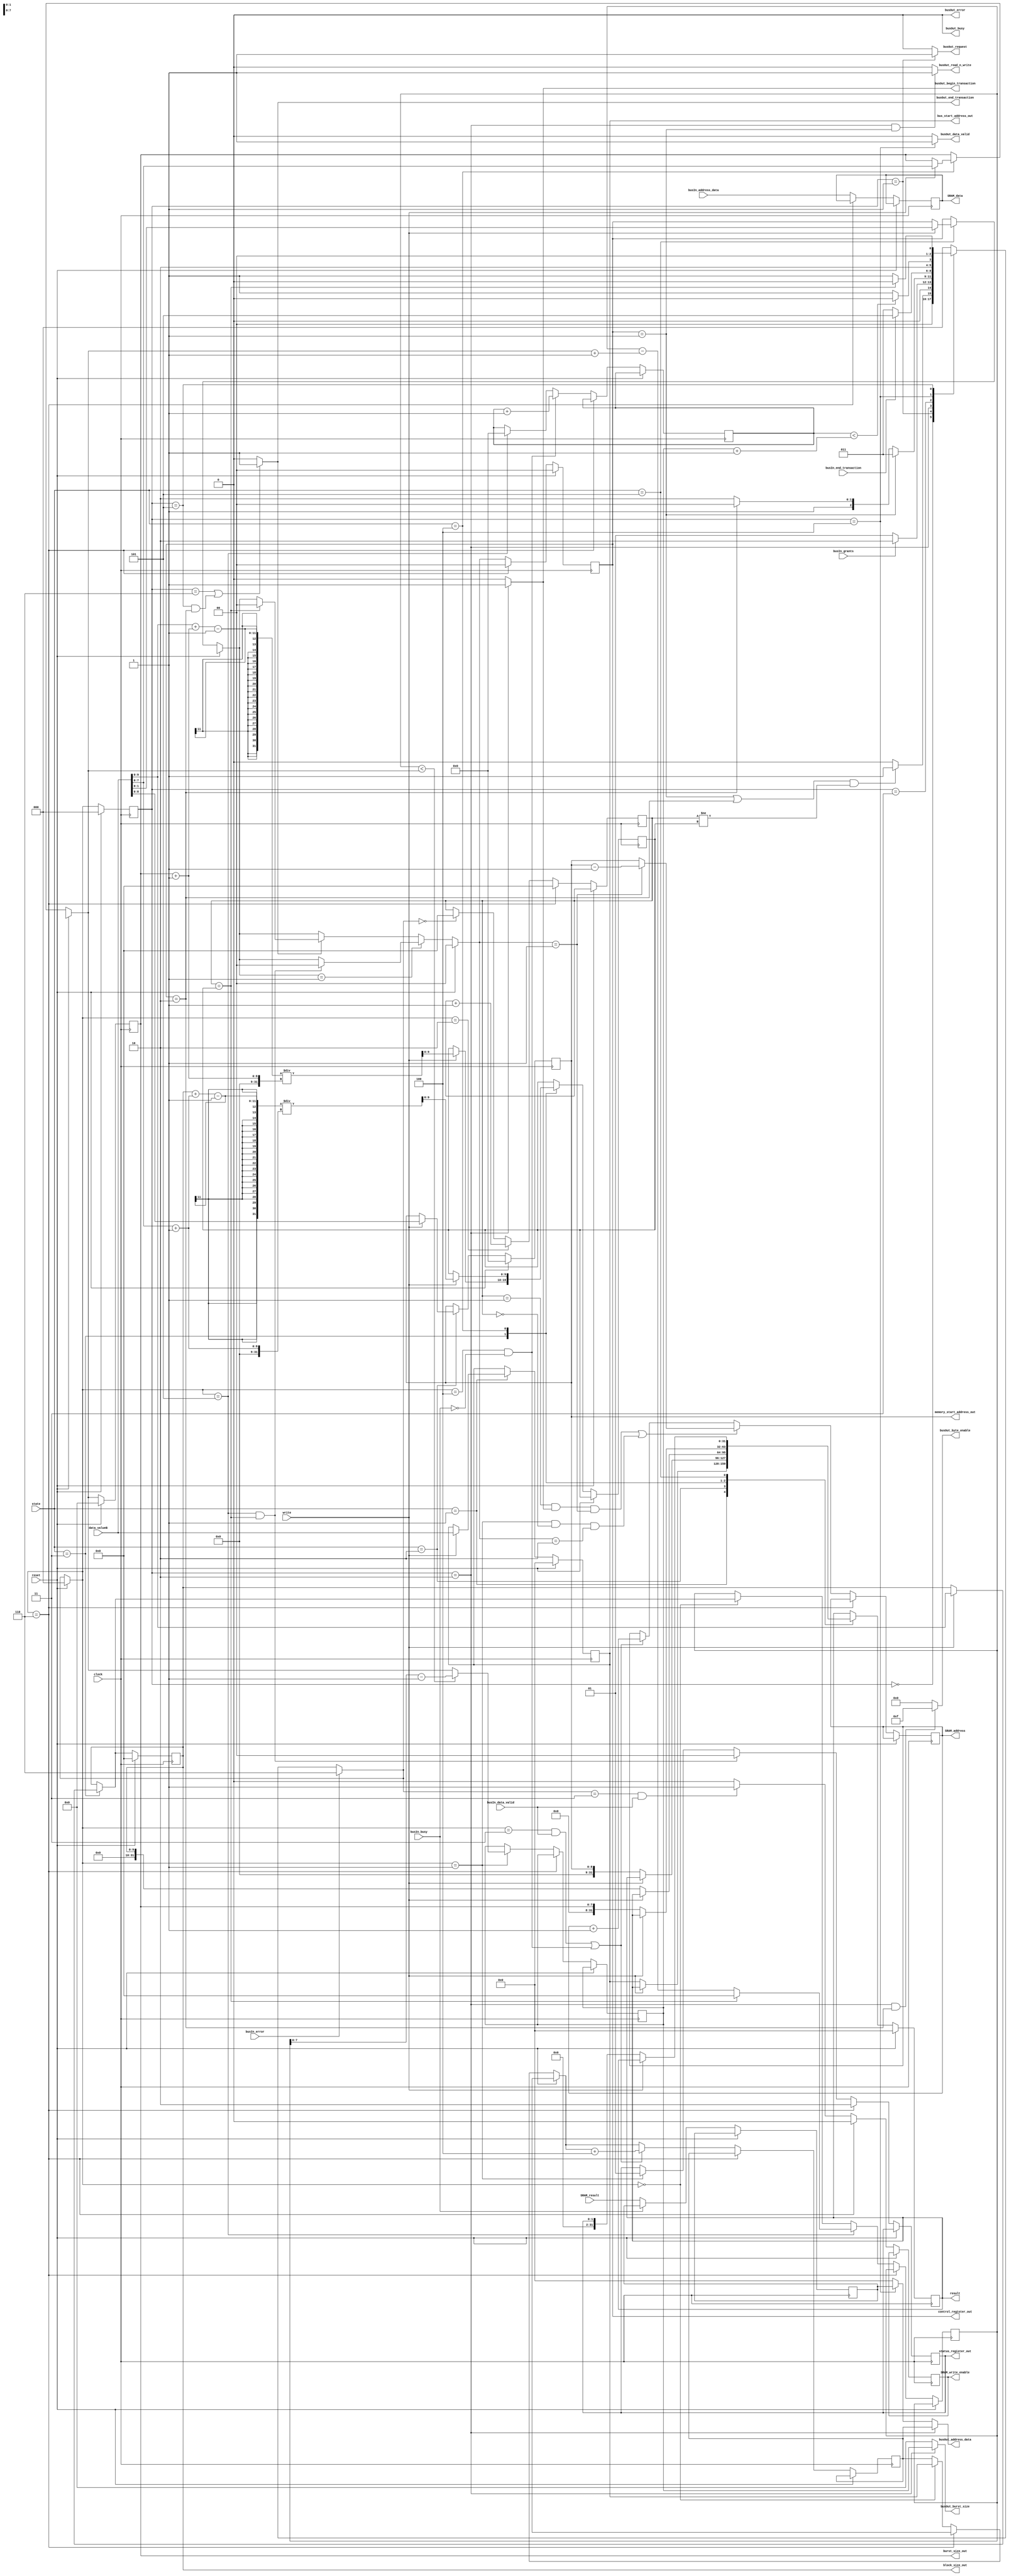
//* DMAController module
//* Authors: Filippo Quadri & Vincent Roduit

// TODO:
// [x] Update status register
// [x] Implement multiple burst
// [x] control register
// [x] implement reset
// [x] burst_size = burst_size_true - 1
// [x] new address
// [x] error
// [x] check if idle

module DMAController (
    // reset
    input wire          reset,

    // State signal
    input wire [2:0]    state,
    input wire          write,
    input wire [31:0]   data_valueB,
    input wire          clock,

    // Memory control signals
    output reg          SRAM_write_enable,
    output reg [8:0]    SRAM_address,
    output reg [31:0]   SRAM_data,
    input wire [31:0]   SRAM_result,

    
    // Bus interfaces
    output wire         busOut_request,
    input wire          busIn_grants,

    // DMA control signals
    output wire [31:0]  bus_start_address_out,
    output wire [8:0]   memory_start_address_out,
    output wire [9:0]   block_size_out,
    output wire [7:0]   burst_size_out,
    output wire [1:0]   control_register_out,
    output wire [1:0]   status_register_out,

    // Bus In
    input wire [31:0]   busIn_address_data,
    input wire          busIn_end_transaction,
    input wire          busIn_data_valid,
    input wire          busIn_busy,
    input wire          busIn_error,
    
    // Bus Out
    output wire [31:0]  busOut_address_data,
    output wire [7:0]   busOut_burst_size,
    output wire         busOut_read_n_write,
    output wire         busOut_begin_transaction,
    output wire         busOut_end_transaction,
    output wire         busOut_data_valid,
    output wire         busOut_busy,
    output wire         busOut_error,
    output wire [3:0]   busOut_byte_enable,

    // Result
    output reg [31:0]  result
);

/// Local parameters
// localparam transfer_nb = (block_size + (burst_size + 1) - 1) / (burst_size + 1);

//* Enumerated states for the control signals
// parameter       RW_MEMORY = 3'b000;
localparam      RW_BUS_START_ADD = 3'b001;
localparam      RW_MEMORY_START_ADD = 3'b010;
localparam      RW_BLOCK_SIZE = 3'b011;
localparam      RW_BURST_SIZE = 3'b100;
localparam      RW_STATUS_CTRL_REG = 3'b101;

//* Enumerated states for the txn states
localparam      IDLE = 3'b000;
localparam      REQUEST_BUS = 3'b001;
localparam      INIT_BURST = 3'b010;
localparam      DO_BURST_READ = 3'b011;
localparam      DO_BURST_WRITE = 3'b100;
localparam      END_TRANSACTION = 3'b101;
localparam      ERROR = 3'b110;

localparam      READ_STATE = 2'b01;
localparam      WRITE_STATE = 2'b10;

reg [2:0]       current_trans_state, next_trans_state = IDLE;

/// DMA control signals
reg [31:0]      bus_start_address = 0;
reg [8:0]       memory_start_address = 0;
reg [9:0]       block_size = 0;
reg [7:0]       burst_size = 0;
reg [1:0]       control_register = 0;
reg [1:0]       status_register = 0;
reg [8:0]       word_counter = 0;

reg [9:0]       transfer_nb = 0;
reg [9:0]       burst_counter = 0;
reg [9:0]       remaining_words = 0;
reg [7:0]       effective_burst_size = 0;
reg [31:0]      bus_address = 0;
reg [31:0]      SRAM_result_reg = 0;


/// Burst transaction state machine
always @(*) begin
    if (busIn_error) next_trans_state = ERROR;
    else
    case (current_trans_state)
        IDLE            : next_trans_state <=   ((control_register == READ_STATE || control_register == WRITE_STATE) && burst_counter != transfer_nb) ? REQUEST_BUS : IDLE;
        REQUEST_BUS     : next_trans_state <=   (busIn_grants == 1'b1) ? INIT_BURST : REQUEST_BUS;
        INIT_BURST      : next_trans_state <=   control_register == READ_STATE ? DO_BURST_READ : control_register == WRITE_STATE ? DO_BURST_WRITE : ERROR;
        DO_BURST_READ   : next_trans_state <=   (busIn_end_transaction == 1) ? END_TRANSACTION : DO_BURST_READ;
        DO_BURST_WRITE  : next_trans_state <=   (word_counter < effective_burst_size + 1) ? DO_BURST_WRITE : END_TRANSACTION;
        END_TRANSACTION : next_trans_state <=   (burst_counter == transfer_nb) ?  IDLE : REQUEST_BUS;
        ERROR           : next_trans_state <=   IDLE;
        default         : next_trans_state <=   IDLE;
    endcase
end


always @(posedge clock) begin

    if (reset) begin
        current_trans_state = IDLE;
        control_register = 2'b0;
        bus_start_address <= 0;
        memory_start_address <= 0;
        block_size <= 0;
        burst_size <= 0;
        result <= 0;
    end 
    else begin
        case (state)
            RW_BUS_START_ADD: begin
                if (write) begin
                    bus_start_address <= data_valueB;
                    //bus_address <= data_valueB;
                end

                else result <= bus_start_address;
            end
            RW_MEMORY_START_ADD: begin
                if (write) begin
                    memory_start_address <= {23'd0, data_valueB[8:0]};
                end
                else result <= memory_start_address;
            end
            RW_BLOCK_SIZE: begin
                if (write) begin
                    block_size = {22'd0, data_valueB[9:0]};
                    transfer_nb <= (block_size + (burst_size + 1) - 1) / (burst_size + 1);
                    //remaining_words <= {22'd0, data_valueB[9:0]};
                end
                else result <= block_size;
            end
            RW_BURST_SIZE: begin
                if (write) begin
                    burst_size = {24'd0, data_valueB[7:0]};
                    transfer_nb <= (block_size + (burst_size + 1) - 1) / (burst_size + 1);
                    //burst_counter <= 0;
                end
                else result <= burst_size;
            end
            RW_STATUS_CTRL_REG: begin
                if (write) begin 
                    control_register = data_valueB[1:0];
                end
                else result <= status_register;
            end
            default: begin
                // $display("Default state: %0d", state);
            end
        endcase
    
        /// Update the state
        current_trans_state = reset ? IDLE : next_trans_state; 

        /// Update the SRAM result
        SRAM_result_reg = busIn_busy ? SRAM_result_reg : SRAM_result;
        
        if (current_trans_state == ERROR) begin
            control_register = 2'b0;
            status_register <= 2'b10;
            burst_counter <= 0;
            SRAM_write_enable <= 0;
        end else begin
            if (current_trans_state == IDLE) begin
                bus_address = bus_start_address;
                remaining_words <= block_size;
                burst_counter <= 0;
            end

            /// Update the status register and reset control register
            status_register     =  reset ? 2'b0 :  (current_trans_state == END_TRANSACTION && burst_counter == transfer_nb) ? 2'b0 : 
                                                    (current_trans_state == REQUEST_BUS) ? 2'b01: status_register;

            //control_register <=  reset ? 2'b0 :  (current_trans_state == END_TRANSACTION && burst_counter == transfer_nb) ? 2'b0 : control_register;
            control_register     =  reset ? 2'b0 :  (control_register == READ_STATE) ? (current_trans_state == END_TRANSACTION && burst_counter == transfer_nb) ? 2'b0 : control_register : busOut_end_transaction ? burst_counter == transfer_nb ? 2'b0 : control_register : control_register;

            burst_counter       <=  reset ? 0 :  (current_trans_state == INIT_BURST) ? burst_counter + 1 : (next_trans_state == IDLE) ? 0 : burst_counter;

            word_counter        <=  reset ? 0 :  (current_trans_state == DO_BURST_WRITE && ~busIn_busy) ? word_counter + 1 : (current_trans_state == END_TRANSACTION) ? 0 : word_counter;

            remaining_words     <=  reset ? 0 :  (current_trans_state == END_TRANSACTION) ? (burst_counter == transfer_nb) ? 0 :  remaining_words - (burst_size + 1) : (current_trans_state == IDLE) ? block_size : remaining_words;
            
            effective_burst_size <=  reset ? 0 :  (current_trans_state == REQUEST_BUS) ? (remaining_words < burst_size) ? remaining_words - 1 : burst_size : effective_burst_size;


            /// Update the SRAM control signals
            SRAM_data           <=  reset ? 0 :  busIn_address_data;
            SRAM_address        <=  reset ? 0 :  ((burst_counter == 1 && busOut_begin_transaction && control_register == READ_STATE) || (current_trans_state == REQUEST_BUS && burst_counter == 0 && control_register == WRITE_STATE)) ? control_register == READ_STATE ? (memory_start_address - 1) : memory_start_address : 
                                                ((current_trans_state == DO_BURST_READ && busIn_data_valid) || (current_trans_state == DO_BURST_WRITE && ~busIn_busy))? SRAM_address + 1 : SRAM_address;
            SRAM_write_enable   <=  reset ? 0 :  (next_trans_state == DO_BURST_READ && busIn_data_valid == 1'b1) ? 1'b1 : 1'b0;

            /// Update the bus start address
            bus_address   <=  reset ? 0 :  ((current_trans_state == DO_BURST_READ && busIn_data_valid) || (current_trans_state == DO_BURST_WRITE && ~busIn_busy)) ? 
                                            bus_address + 4 : bus_address;
                    
        end
    end
end
    

/// Bus interface
assign busOut_request = (current_trans_state == REQUEST_BUS) ? 1'b1 : 1'b0;
assign busOut_address_data = (current_trans_state == INIT_BURST) ? bus_address : (current_trans_state == DO_BURST_WRITE) ? SRAM_result_reg : 32'd0;
assign busOut_burst_size = (current_trans_state == INIT_BURST) ? effective_burst_size : 8'd0;
assign busOut_read_n_write = (current_trans_state == INIT_BURST && control_register == READ_STATE) ? 1'b1 : 1'b0;
assign busOut_begin_transaction = (current_trans_state == INIT_BURST) ? 1'b1 : 1'b0;
assign busOut_byte_enable = (current_trans_state == INIT_BURST && control_register == WRITE_STATE) ? 4'hf : 1'b0;

assign busOut_data_valid = (current_trans_state == DO_BURST_WRITE) ? 1'b1 : 1'b0;
assign busOut_busy = 0;
//assign busOut_end_transaction = (current_trans_state == ERROR || (current_trans_state == END_TRANSACTION && control_register == WRITE_STATE)) ? 1'b1 : 1'b0;
assign busOut_end_transaction = (current_trans_state == ERROR || (current_trans_state == END_TRANSACTION && control_register == WRITE_STATE)) ? 1'b1 : 1'b0;
assign busOut_error = 0;

/// Output the control signals
assign bus_start_address_out = bus_start_address;
assign memory_start_address_out = memory_start_address;
assign block_size_out = block_size;
assign burst_size_out = burst_size;
assign control_register_out = control_register;
assign status_register_out = status_register;
    
endmodule